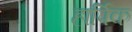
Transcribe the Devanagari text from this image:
हार्पिक